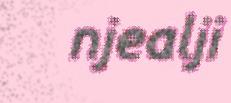
njealji